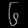
Digit: ၆